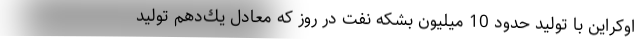
اوكراین با تولید حدود 10 میلیون بشكه نفت در روز كه معادل یك‌دهم تولید